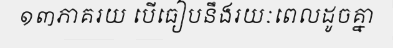
១៣ភាគរយ បើធៀបនឹងរយៈពេលដូចគ្នា